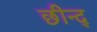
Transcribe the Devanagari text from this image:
छीन्द्